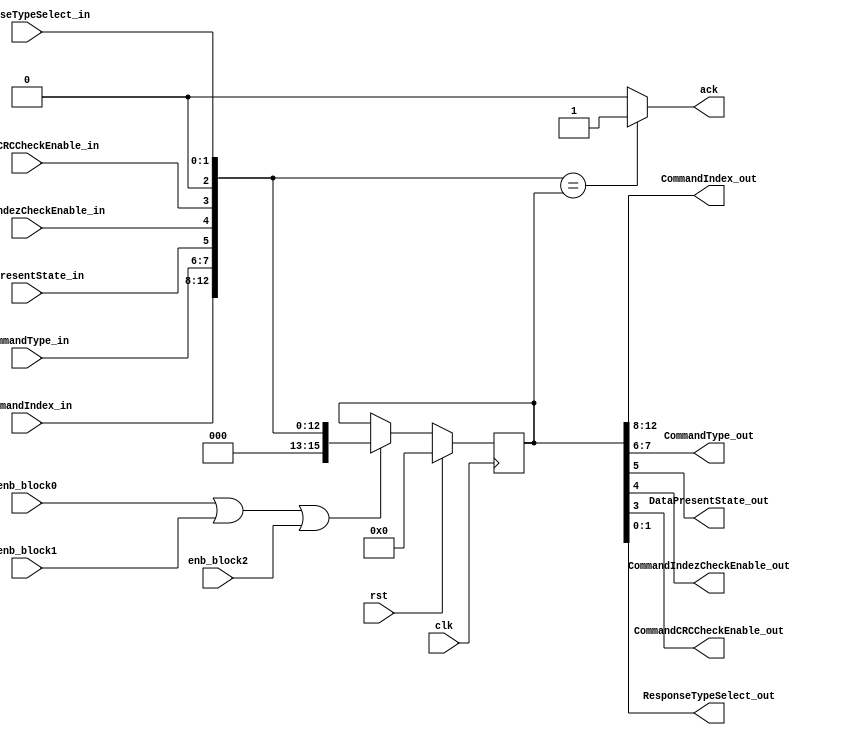

module reg_template(
	clk,
	rst,
	
	ack,
	enb_block0,
	enb_block1,
	enb_block2,

	CommandIndex_in,
	CommandType_in,
	DataPresentState_in,
	CommandIndezCheckEnable_in,
	CommandCRCCheckEnable_in,
	ResponseTypeSelect_in,

	CommandIndex_out,
	CommandType_out,
	DataPresentState_out,
	CommandIndezCheckEnable_out,
	CommandCRCCheckEnable_out,
	ResponseTypeSelect_out
	);
//Parameters before
parameter width = 16;

//INPUT & OUTPUT DECLARATION


input rst;						// reset
input clk;						// clock
input enb_block0;
input enb_block1;				// ENABLE BLOCKS
input enb_block2;
output 	ack;

input	[4:0] CommandIndex_in;
input	[1:0] CommandType_in;
input	DataPresentState_in;
input	CommandIndezCheckEnable_in;		// DATA IN
input	CommandCRCCheckEnable_in;
input	[1:0] ResponseTypeSelect_in;

output	[4:0] CommandIndex_out;
output	[1:0] CommandType_out;
output	DataPresentState_out;			// DATA OUT
output	CommandIndezCheckEnable_out;
output	CommandCRCCheckEnable_out;
output	[1:0] ResponseTypeSelect_out;

//REG SIZE
wire [(width-1):0] data_in;

//WIRES
	//Regular Blocks
	wire rst;		
	wire clk;
	wire enb_block0;
	wire enb_block1;
	wire enb_block2;
	reg ack;
	//INPUTS
	wire	[4:0] CommandIndex_in;
	wire	[1:0] CommandType_in;
	wire	DataPresentState_in;
	wire	CommandIndezCheckEnable_in;
	wire	CommandCRCCheckEnable_in;
	wire	[1:0] ResponseTypeSelect_in;

	//OUTPUTS
	wire	[4:0] CommandIndex_out;
	wire	[1:0] CommandType_out;
	wire	DataPresentState_out;
	wire	CommandIndezCheckEnable_out;
	wire	CommandCRCCheckEnable_out;
	wire	[1:0] ResponseTypeSelect_out;

//REG
	//OUTPUTS
	reg [(width-1):0] data_out;


//REG INPUT OUTPUT ASSIGNS
	//RESERVED
	assign data_in [15:14] = 2'b00 ;		
	assign data_in [2] = 2'b00 ;

	//INPUTS
	assign data_in [13:8] =	CommandIndex_in;
	assign data_in [7:6] =	CommandType_in;
	assign data_in [5] =	DataPresentState_in;
	assign data_in [4] =	CommandIndezCheckEnable_in;
	assign data_in [3] =	CommandCRCCheckEnable_in;
	assign data_in [1:0] =	ResponseTypeSelect_in;

	//OUTPUTS
	assign	CommandIndex_out	= data_out [13:8];
	assign	CommandType_out	= data_out [7:6];
	assign	DataPresentState_out	= data_out [5];
	assign	CommandIndezCheckEnable_out	= data_out [4];
	assign	CommandCRCCheckEnable_out	= data_out [3];
	assign	ResponseTypeSelect_out	= data_out [1:0];

//Bloque secuencial
always @(posedge clk) begin
	if (rst) begin
		// reset
		data_out <= 32'b0;
	end
	else if (enb_block0 || enb_block1 || enb_block2) begin
		data_out <= data_in;
	end
	else begin
		data_out <= data_out;
	end
end


//Bloque combinacional
always @(*) begin
	if (data_in == data_out) begin
		ack = 1'b1;		
	end
	else begin
		ack = 1'b0;
	end
end

endmodule


module reg_000h(
	clk,
	rst,
	
	ack,
	enb_block0,


	SDMA_System_Address_in,

	SDMA_System_Address_out,

	
	);
//Parameters before
parameter width = 32;

//INPUT & OUTPUT DECLARATION


input rst;						// reset
input clk;						// clock
input enb_block0;

output 	ack;

input	[31:0] SDMA_System_Address_in;

output	[31:0] SDMA_System_Address_out;

//REG SIZE
wire [(width-1):0] data_in;

//WIRES
	//Regular Blocks
	wire rst;		
	wire clk;
	wire enb_block0;

	reg ack;
	//INPUTS
	wire	[31:0] SDMA_System_Address_in;

	//OUTPUTS
	wire	[31:0] SDMA_System_Address_out;
//REG
	//OUTPUTS
	reg [(width-1):0] data_out;


//REG INPUT OUTPUT ASSIGNS
	//RESERVED


	//INPUTS
	assign data_in = SDMA_System_Address_in;

	//OUTPUTS
	assign	SDMA_System_Address_out	= data_out;

//Bloque secuencial
always @(posedge clk) begin
	if (rst) begin
		// reset
		data_out <= 32'b0;
	end
	else if (enb_block0 ) begin
		data_out <= data_in;
	end
	else begin
		data_out <= data_out;
	end
end


//Bloque combinacional
always @(*) begin
	if (data_in == data_out) begin
		ack = 1'b1;		
	end
	else begin
		ack = 1'b0;
	end
end

endmodule


module reg_004h(
	clk,
	rst,
	
	ack,
	enb_block0,
	enb_block1,
	enb_block2,

	HostSDMABufferBoundry_in,
	TransferBlockSize_in,

	HostSDMABufferBoundry_out,
	TransferBlockSize_out,
	
	);
//Parameters before
parameter width = 16;

//INPUT & OUTPUT DECLARATION


input rst;						// reset
input clk;						// clock
input enb_block0;
input enb_block1;				// ENABLE BLOCKS
input enb_block2;
output 	ack;

input	[11:0] TransferBlockSize_in;
input	[2:0] HostSDMABufferBoundry_in;

output	[11:0] TransferBlockSize_out;
output	[2:0] HostSDMABufferBoundry_out;

//REG SIZE
wire [(width-1):0] data_in;

//WIRES
	//Regular Blocks
	wire rst;		
	wire clk;
	wire enb_block0;
	wire enb_block1;
	wire enb_block2;
	reg ack;
	//INPUTS
	wire	[11:0] TransferBlockSize_in;
	wire	[2:0] HostSDMABufferBoundry_in;

	//OUTPUTS
	wire	[11:0] TransferBlockSize_out;
	wire	[2:0] HostSDMABufferBoundry_out;

//REG
	//OUTPUTS
	reg [(width-1):0] data_out;


//REG INPUT OUTPUT ASSIGNS
	//RESERVED
	assign data_in [15] = 1'b0 ;

	//INPUTS
	assign data_in [11:0] =	TransferBlockSize_in;
	assign data_in [14:12] = HostSDMABufferBoundry_in;
	
	//OUTPUTS
	assign	TransferBlockSize_out	= data_out [11:0];
	assign	HostSDMABufferBoundry_out	= data_out [14:12];
	
//Bloque secuencial
always @(posedge clk) begin
	if (rst) begin
		// reset
		data_out <= 16'b0;
	end
	else if (enb_block0 || enb_block1 || enb_block2) begin
		data_out <= data_in;
	end
	else begin
		data_out <= data_out;
	end
end


//Bloque combinacional
always @(*) begin
	if (data_in == data_out) begin
		ack = 1'b1;		
	end
	else begin
		ack = 1'b0;
	end
end

endmodule


module reg_006h(
	clk,
	rst,
	
	ack,
	enb_block0,
	enb_block1,
	enb_block2,

	BlockCount4CurrentTrans_in,

	BlockCount4CurrentTrans_out,

	);
//Parameters before
parameter width = 16;

//INPUT & OUTPUT DECLARATION


input rst;						// reset
input clk;						// clock
input enb_block0;
input enb_block1;				// ENABLE BLOCKS
input enb_block2;
output 	ack;

input	[15:0] BlockCount4CurrentTrans_in;

output	[15:0] BlockCount4CurrentTrans_out;

//REG SIZE
wire [(width-1):0] data_in;

//WIRES
	//Regular Blocks
	wire rst;		
	wire clk;
	wire enb_block0;
	wire enb_block1;
	wire enb_block2;
	reg ack;
	//INPUTS
	wire	[15:0] BlockCount4CurrentTrans_in;

	//OUTPUTS
	wire	[15:0] BlockCount4CurrentTrans_out;


//REG
	//OUTPUTS
	reg [(width-1):0] data_out;


//REG INPUT OUTPUT ASSIGNS
	//RESERVED

	//INPUTS
	assign data_in  =	BlockCount4CurrentTrans_in;
	
	//OUTPUTS
	assign	BlockCount4CurrentTrans_out	= data_out;
	
//Bloque secuencial
always @(posedge clk) begin
	if (rst) begin
		// reset
		data_out <= 16'b0;
	end
	else if (enb_block0 || enb_block1 || enb_block2) begin
		data_out <= data_in;
	end
	else begin
		data_out <= data_out;
	end
end


//Bloque combinacional
always @(*) begin
	if (data_in == data_out) begin
		ack = 1'b1;		
	end
	else begin
		ack = 1'b0;
	end
end

endmodule


module reg_008h(
	clk,
	rst,
	

	CommandArgument_in,

	CommandArgument_out,

	);
//Parameters before
parameter width = 32;

//INPUT & OUTPUT DECLARATION


input rst;						// reset
input clk;						// clock

input	[31:0] CommandArgument_in;

output	[31:0] CommandArgument_out;

//REG SIZE
wire [(width-1):0] data_in;

//WIRES
	//Regular Blocks
	wire rst;		
	wire clk;

	//INPUTS
	wire	[31:0] CommandArgument_in;

	//OUTPUTS
	wire	[31:0] CommandArgument_out;


//REG
	//OUTPUTS
	reg [(width-1):0] data_out;


//REG INPUT OUTPUT ASSIGNS
	//RESERVED

	//INPUTS
	assign data_in  =	CommandArgument_in;
	
	//OUTPUTS
	assign	CommandArgument_out	= data_out;
	
//Bloque secuencial
always @(posedge clk) begin
	if (rst) begin
		// reset
		data_out <= 32'b0;
	end
	else begin
		data_out <= data_in;
	end

end




endmodule

module reg_00ch(
	clk,
	rst,
	
	ack,
	enb_block0,
	enb_block1,
	enb_block2,


	MultiSingleBselect_in,
	DataTransferDirectionSelect_in,
	AutoCMD12enable_in,
	BlockCountenable_in,
	DMAenable_in,

	MultiSingleBselect_out,
	DataTransferDirectionSelect_out,
	AutoCMD12enable_out,
	BlockCountenable_out,
	DMAenable_out,

	);
//Parameters before
parameter width = 16;

//INPUT & OUTPUT DECLARATION


input rst;						// reset
input clk;						// clock
input enb_block0;
input enb_block1;				// ENABLE BLOCKS
input enb_block2;
output 	ack;

input MultiSingleBselect_in;
input DataTransferDirectionSelect_in;
input AutoCMD12enable_in;
input BlockCountenable_in;
input DMAenable_in;

output MultiSingleBselect_out;
output DataTransferDirectionSelect_out;
output AutoCMD12enable_out;
output BlockCountenable_out;
output DMAenable_out;


//REG SIZE
wire [(width-1):0] data_in;

//WIRES
	//Regular Blocks
	wire rst;		
	wire clk;
	wire enb_block0;
	wire enb_block1;
	wire enb_block2;
	reg ack;
	//INPUTS
	wire MultiSingleBselect_in;
	wire DataTransferDirectionSelect_in;
	wire AutoCMD12enable_in;
	wire BlockCountenable_in;
	wire DMAenable_in;
	

	//OUTPUTS
	wire MultiSingleBselect_out;
	wire DataTransferDirectionSelect_out;
	wire AutoCMD12enable_out;
	wire BlockCountenable_out;
	wire DMAenable_out;

//REG
	//OUTPUTS
	reg [(width-1):0] data_out;


//REG INPUT OUTPUT ASSIGNS
	//RESERVED
	assign data_in [15:6] = 0 ;		
	assign data_in [3] = 0 ;

	//INPUTS
	assign data_in [0] =	DMAenable_in;
	assign data_in [1] =	BlockCountenable_in;
	assign data_in [2] =	AutoCMD12enable_in;
	assign data_in [4] =	DataTransferDirectionSelect_in;
	assign data_in [5] =	MultiSingleBselect_in;
	

	//OUTPUTS
	assign	DMAenable_out	= data_out [0];
	assign	BlockCountenable_out	= data_out [1];
	assign	AutoCMD12enable_out	= data_out [2];
	assign	DataTransferDirectionSelect_out	= data_out [4];
	assign	MultiSingleBselect_out	= data_out [5];
	

//Bloque secuencial
always @(posedge clk) begin
	if (rst) begin
		// reset
		data_out <= 32'b0;
	end
	else if (enb_block0 || enb_block1 || enb_block2) begin
		data_out <= data_in;
	end
	else begin
		data_out <= data_out;
	end
end


//Bloque combinacional
always @(*) begin
	if (data_in == data_out) begin
		ack = 1'b1;		
	end
	else begin
		ack = 1'b0;
	end
end

endmodule


module reg_00eh(
	clk,
	rst,
	


	CommandIndex_in,
	CommandType_in,
	DataPresentState_in,
	CommandIndezCheckEnable_in,
	CommandCRCCheckEnable_in,
	ResponseTypeSelect_in,

	CommandIndex_out,
	CommandType_out,
	DataPresentState_out,
	CommandIndezCheckEnable_out,
	CommandCRCCheckEnable_out,
	ResponseTypeSelect_out,
	
	);
//Parameters before
parameter width = 16;

//INPUT & OUTPUT DECLARATION


input rst;						// reset
input clk;						// clock


input	[5:0] CommandIndex_in;
input	[1:0] CommandType_in;
input	DataPresentState_in;
input	CommandIndezCheckEnable_in;		// DATA IN
input	CommandCRCCheckEnable_in;
input	[1:0] ResponseTypeSelect_in;

output	[5:0] CommandIndex_out;
output	[1:0] CommandType_out;
output	DataPresentState_out;			// DATA OUT
output	CommandIndezCheckEnable_out;
output	CommandCRCCheckEnable_out;
output	[1:0] ResponseTypeSelect_out;

//REG SIZE
wire [(width-1):0] data_in;

//WIRES
	//Regular Blocks
	wire rst;		
	wire clk;

	//INPUTS
	wire	[5:0] CommandIndex_in;
	wire	[1:0] CommandType_in;
	wire	DataPresentState_in;
	wire	CommandIndezCheckEnable_in;
	wire	CommandCRCCheckEnable_in;
	wire	[1:0] ResponseTypeSelect_in;

	//OUTPUTS
	wire	[5:0] CommandIndex_out;
	wire	[1:0] CommandType_out;
	wire	DataPresentState_out;
	wire	CommandIndezCheckEnable_out;
	wire	CommandCRCCheckEnable_out;
	wire	[1:0] ResponseTypeSelect_out;

//REG
	//OUTPUTS
	reg [(width-1):0] data_out;


//REG INPUT OUTPUT ASSIGNS
	//RESERVED
	assign data_in [15:14] = 0 ;		
	assign data_in [2] = 0 ;

	//INPUTS
	assign data_in [13:8] =	CommandIndex_in;
	assign data_in [7:6] =	CommandType_in;
	assign data_in [5] =	DataPresentState_in;
	assign data_in [4] =	CommandIndezCheckEnable_in;
	assign data_in [3] =	CommandCRCCheckEnable_in;
	assign data_in [1:0] =	ResponseTypeSelect_in;

	//OUTPUTS
	assign	CommandIndex_out	= data_out [13:8];
	assign	CommandType_out	= data_out [7:6];
	assign	DataPresentState_out	= data_out [5];
	assign	CommandIndezCheckEnable_out	= data_out [4];
	assign	CommandCRCCheckEnable_out	= data_out [3];
	assign	ResponseTypeSelect_out	= data_out [1:0];

//Bloque secuencial
always @(posedge clk) begin
	if (rst) begin
		// reset
		data_out <= 16'b0;
	end
	else begin
		data_out <= data_in;
	end

end


//Bloque combinacional


endmodule

module reg_010h(
	clk,
	rst,
	
	ack,
	enb_block0,

	Response_in,

	Response_out,

	);
//Parameters before
parameter width = 128;

//INPUT & OUTPUT DECLARATION


input rst;						// reset
input clk;						// clock
input enb_block0;

output 	ack;

input	[127:0] Response_in;

output	[127:0] Response_out;

//REG SIZE
wire [(width-1):0] data_in;

//WIRES
	//Regular Blocks
	wire rst;		
	wire clk;
	wire enb_block0;

	reg ack;
	//INPUTS
	wire	[127:0] Response_in;

	//OUTPUTS
	wire	[127:0] Response_out;


//REG
	//OUTPUTS
	reg [(width-1):0] data_out;


//REG INPUT OUTPUT ASSIGNS
	//RESERVED


	//INPUTS
	assign data_in = Response_in;
	
	//OUTPUTS
	assign	Response_out = data_out [127:0];
	
//Bloque secuencial
always @(posedge clk) begin
	if (rst) begin
		// reset
		data_out <= 128'b0;
	end
	else if (enb_block0) begin
		data_out <= data_in;
	end
	else begin
		data_out <= data_out;
	end
end


//Bloque combinacional
always @(*) begin
	if (data_in == data_out) begin
		ack = 1'b1;		
	end
	else begin
		ack = 1'b0;
	end
end

endmodule


module reg_020h(
	clk,
	rst,
	
	ack,
	enb_block0,
	enb_block1,
	enb_block2,

	BufferData_in,

	BufferData_out,
	);
//Parameters before
parameter width = 32;

//INPUT & OUTPUT DECLARATION


input rst;						// reset
input clk;						// clock
input enb_block0;
input enb_block1;				// ENABLE BLOCKS
input enb_block2;
output 	ack;

input   [31:0] BufferData_in;

output	[31:0] BufferData_out;

//REG SIZE
wire [(width-1):0] data_in;

//WIRES
	//Regular Blocks
	wire rst;		
	wire clk;
	wire enb_block0;
	wire enb_block1;
	wire enb_block2;
	reg ack;
	//INPUTS
	wire	[31:0] BufferData_in;
	
	//OUTPUTS
	wire	[31:0] BufferData_out;
	
//REG
	//OUTPUTS
	reg [(width-1):0] data_out;


//REG INPUT OUTPUT ASSIGNS
	//RESERVED

	//INPUTS
	assign data_in = BufferData_in;


	//OUTPUTS
	assign	BufferData_out	= data_out ;

//Bloque secuencial
always @(posedge clk) begin
	if (rst) begin
		// reset
		data_out <= 32'b0;
	end
	else if (enb_block0 || enb_block1 || enb_block2) begin
		data_out <= data_in;
	end
	else begin
		data_out <= data_out;
	end
end


//Bloque combinacional
always @(*) begin
	if (data_in == data_out) begin
		ack = 1'b1;		
	end
	else begin
		ack = 1'b0;
	end
end

endmodule


//Present state
module reg_024h(
	clk,
	rst,
	

	CMDLineSignalLevel_in,
	DAT3LineSignalLevel_in,
	WriteProtectSwitchPinLevel,
	CardDetectPinLevel_in,
	CardStateStable_in,
	CardInserted_in,
	BufferReadEnable_in,
	BufferWriteEnable_in,
	ReadTransferActive_in,
	WriteTransferActive_in,
	DATlineActive_in,
	CommandInhibitdat_in,
	CommandInhibitcmd_in,
	
	CMDLineSignalLevel_out,
	DAT3LineSignalLevel_out,
	WriteProtectSwitchPinLevout,
	CardDetectPinLevel_out,
	CardStateStable_out,
	CardInserted_out,
	BufferReadEnable_out,
	BufferWriteEnable_out,
	ReadTransferActive_out,
	WriteTransferActive_out,
	DATlineActive_out,
	CommandInhibitdat_out,
	CommandInhibitcmd_out,
	
	);
//Parameters before
parameter width = 32;

//INPUT & OUTPUT DECLARATION


input rst;						// reset
input clk;						// clock

input CMDLineSignalLevel_in;
input [3:0] DAT3LineSignalLevel_in;
input WriteProtectSwitchPinLevel;
input CardDetectPinLevel_in;
input CardStateStable_in;
input CardInserted_in;
input BufferReadEnable_in;
input BufferWriteEnable_in;
input ReadTransferActive_in;
input WriteTransferActive_in;
input DATlineActive_in;
input CommandInhibitdat_in;
input CommandInhibitcmd_in;
	
output CMDLineSignalLevel_out;
output [3:0] DAT3LineSignalLevel_out;
output WriteProtectSwitchPinLevout;
output CardDetectPinLevel_out;
output CardStateStable_out;
output CardInserted_out;
output BufferReadEnable_out;
output BufferWriteEnable_out;
output ReadTransferActive_out;
output WriteTransferActive_out;
output DATlineActive_out;
output CommandInhibitdat_out;
output CommandInhibitcmd_out;

//REG SIZE
wire [(width-1):0] data_in;

//WIRES
	//Regular Blocks
	wire rst;		
	wire clk;

	//INPUTS
	wire CMDLineSignalLevel_in;
	wire [3:0] DAT3LineSignalLevel_in;
	wire WriteProtectSwitchPinLevel;
	wire CardDetectPinLevel_in;
	wire CardStateStable_in;
	wire CardInserted_in;
	wire BufferReadEnable_in;
	wire BufferWriteEnable_in;
	wire ReadTransferActive_in;
	wire WriteTransferActive_in;
	wire DATlineActive_in;
	wire CommandInhibitdat_in;
	wire CommandInhibitcmd_in;

	//OUTPUTS
	wire CMDLineSignalLevel_out;
	wire [3:0] DAT3LineSignalLevel_out;
	wire WriteProtectSwitchPinLevout;
	wire CardDetectPinLevel_out;
	wire CardStateStable_out;
	wire CardInserted_out;
	wire BufferReadEnable_out;
	wire BufferWriteEnable_out;
	wire ReadTransferActive_out;
	wire WriteTransferActive_out;
	wire DATlineActive_out;
	wire CommandInhibitdat_out;
	wire CommandInhibitcmd_out;

//REG
	//OUTPUTS
	reg [(width-1):0] data_out;


//REG INPUT OUTPUT ASSIGNS
	//RESERVED
	assign data_in [31:25] = 7'b00 ;		
	assign data_in [15:12] = 4'b00 ;
	assign data_in [7:3] = 5'b00 ;

	//INPUTS

	assign data_in [24] = CMDLineSignalLevel_in;
	assign data_in [23:20] = DAT3LineSignalLevel_in;
	assign data_in [19] = WriteProtectSwitchPinLevel;
	assign data_in [18] = CardDetectPinLevel_in;
	assign data_in [17] = CardStateStable_in;
	assign data_in [16] = CardInserted_in;
	assign data_in [11] = BufferReadEnable_in;
	assign data_in [10] = BufferWriteEnable_in;
	assign data_in [9] = ReadTransferActive_in;
	assign data_in [8] = WriteTransferActive_in;
	assign data_in [2] = DATlineActive_in;
	assign data_in [1] = CommandInhibitdat_in;
	assign data_in [0] = CommandInhibitcmd_in;

	//OUTPUTS
	assign  CMDLineSignalLevel_out = data_out [24];
	assign  DAT3LineSignalLevel_out = data_out [23:20];
	assign  WriteProtectSwitchPinLevout = data_out [19];
	assign  CardDetectPinLevel_out = data_out [18];
	assign  CardStateStable_out = data_out [17];
	assign  CardInserted_out = data_out [16];
	assign  BufferReadEnable_out = data_out [11];
	assign  BufferWriteEnable_out = data_out [10];
	assign  ReadTransferActive_out = data_out [9] ;
	assign  WriteTransferActive_out = data_out [8] ;
	assign  DATlineActive_out = data_out [2] ;
	assign  CommandInhibitdat_out = data_out [1] ;
	assign  CommandInhibitcmd_out = data_out [0] ;

//Bloque secuencial
always @(posedge clk) begin
	if (rst) begin
		// reset
		data_out <= 32'b0;
	end
	else if (1) begin
		data_out <= data_in;
	end
	else begin
		data_out <= data_out;
	end
end


//Bloque combinacional


endmodule





module reg_028h(
	clk,
	rst,
	
	ack,
	enb_block0,
	enb_block1,
	enb_block2,

	CardDetectSignalSelection_in,
	CardDetectTestLevel_in,
	ExtendDataTransferWidth_in,
	DMAselect_in,
	HighSpeedEnable_in,
	DataTransferWidth_in,
	LEDcontrol_in,
	
	CardDetectSignalSelection_out,
	CardDetectTestLevel_out,
	ExtendDataTransferWidth_out,
	DMAselect_out,
	HighSpeedEnable_out,
	DataTransferWidth_out,
	LEDcontrol_out
	);
//Parameters before
parameter width = 8;

//INPUT & OUTPUT DECLARATION


input rst;						// reset
input clk;						// clock
input enb_block0;
input enb_block1;				// ENABLE BLOCKS
input enb_block2;
output 	ack;

input 	CardDetectSignalSelection_in;
input 	CardDetectTestLevel_in;
input 	ExtendDataTransferWidth_in;
input 	[1:0] DMAselect_in;
input 	HighSpeedEnable_in;
input 	DataTransferWidth_in;
input 	LEDcontrol_in;


output 	CardDetectSignalSelection_out;
output 	CardDetectTestLevel_out;
output 	ExtendDataTransferWidth_out;
output 	[1:0] DMAselect_out;
output 	HighSpeedEnable_out;
output 	DataTransferWidth_out;
output 	LEDcontrol_out;

//REG SIZE
wire [(width-1):0] data_in;

//WIRES
	//Regular Blocks
	wire rst;		
	wire clk;
	wire enb_block0;
	wire enb_block1;
	wire enb_block2;
	reg ack;

	//INPUTS
	wire 	CardDetectSignalSelection_in;
	wire 	CardDetectTestLevel_in;
	wire 	ExtendDataTransferWidth_in;
	wire 	[1:0] DMAselect_in;
	wire 	HighSpeedEnable_in;
	wire 	DataTransferWidth_in;
	wire 	LEDcontrol_in;

	//OUTPUTS
	wire 	CardDetectSignalSelection_out;
	wire 	CardDetectTestLevel_out;
	wire 	ExtendDataTransferWidth_out;
	wire 	[1:0] DMAselect_out;
	wire 	HighSpeedEnable_out;
	wire 	DataTransferWidth_out;
	wire 	LEDcontrol_out;

//REG
	//OUTPUTS
	reg [(width-1):0] data_out;


//REG INPUT OUTPUT ASSIGNS
	//RESERVED


	//INPUTS
	assign data_in [7] = 	CardDetectSignalSelection_in;
	assign data_in [6] = 	CardDetectTestLevel_in;
	assign data_in [5] = 	ExtendDataTransferWidth_in;
	assign data_in [4:3] = 	DMAselect_in;
	assign data_in [2] = 	HighSpeedEnable_in;
	assign data_in [1] = 	DataTransferWidth_in;
	assign data_in [0] = 	LEDcontrol_in;

	//OUTPUTS
 	assign 	CardDetectSignalSelection_out = data_out[7];
	assign 	CardDetectTestLevel_out = data_out[6];
	assign 	ExtendDataTransferWidth_out = data_out[5];
	assign 	DMAselect_out = data_out[4:3];
	assign 	HighSpeedEnable_out = data_out[2];
	assign 	DataTransferWidth_out = data_out[1];
	assign 	LEDcontrol_out = data_out[0];


//Bloque secuencial
always @(posedge clk) begin
	if (rst) begin
		// reset
		data_out <= 32'b0;
	end
	else if (enb_block0 || enb_block1 || enb_block2) begin
		data_out <= data_in;
	end
	else begin
		data_out <= data_out;
	end
end


//Bloque combinacional
always @(*) begin
	if (data_in == data_out) begin
		ack = 1'b1;		
	end
	else begin
		ack = 1'b0;
	end
end

endmodule

module reg_029h(
	clk,
	rst,
	
	ack,
	enb_block0,
	enb_block1,
	enb_block2,

	SDbusVoltageSelect_in,
	SDbusPower_in,
	SDbusVoltageSelect_out,
	SDbusPower_out
	
	);
//Parameters before
parameter width = 8;

//INPUT & OUTPUT DECLARATION


input rst;						// reset
input clk;						// clock
input enb_block0;
input enb_block1;				// ENABLE BLOCKS
input enb_block2;
output 	ack;

input 	SDbusPower_in;
input	[2:0] SDbusVoltageSelect_in;

output 	SDbusPower_out;
output	[2:0] SDbusVoltageSelect_out;


//REG SIZE
wire [(width-1):0] data_in;

//WIRES
	//Regular Blocks
	wire rst;		
	wire clk;
	wire enb_block0;
	wire enb_block1;
	wire enb_block2;
	reg ack;
	//INPUTS
	wire 	SDbusPower_in;
	wire	[2:0] SDbusVoltageSelect_in;

	//OUTPUTS
	wire 	SDbusPower_out;
	wire	[2:0] SDbusVoltageSelect_out;

//REG
	//OUTPUTS
	reg [(width-1):0] data_out;


//REG INPUT OUTPUT ASSIGNS
	//RESERVED
	assign data_in [7:4] = 0 ;		
	

	//INPUTS
	assign data_in [3:1] =	SDbusVoltageSelect_in;
	assign data_in [0] =	SDbusPower_in;

	//OUTPUTS
	assign	SDbusVoltageSelect_out	= data_out [3:1];
	assign	SDbusPower_out	= data_out [0];

//Bloque secuencial
always @(posedge clk) begin
	if (rst) begin
		// reset
		data_out <= 32'b0;
	end
	else if (enb_block0 || enb_block1 || enb_block2) begin
		data_out <= data_in;
	end
	else begin
		data_out <= data_out;
	end
end


//Bloque combinacional
always @(*) begin
	if (data_in == data_out) begin
		ack = 1'b1;		
	end
	else begin
		ack = 1'b0;
	end
end

endmodule



module reg_02ah(
	clk,
	rst,
	
	ack,
	enb_block0,
	enb_block1,
	enb_block2,

	Interruptatblockgap_in,
	ReadWaitControl_in,
	ContinueRequest_in,
	StopatBlockGapRequest_in,

	Interruptatblockgap_out,
	ReadWaitControl_out,
	ContinueRequest_out,
	StopatBlockGapRequest_out,


	);
//Parameters before
parameter width = 8;

//INPUT & OUTPUT DECLARATION


input rst;						// reset
input clk;						// clock
input enb_block0;
input enb_block1;				// ENABLE BLOCKS
input enb_block2;
output 	ack;

input	Interruptatblockgap_in;
input	ReadWaitControl_in;
input	ContinueRequest_in;
input	StopatBlockGapRequest_in;

output	Interruptatblockgap_out;
output	ReadWaitControl_out;
output	ContinueRequest_out;			// DATA OUT
output	StopatBlockGapRequest_out;

//REG SIZE
wire [(width-1):0] data_in;

//WIRES
	//Regular Blocks
	wire rst;		
	wire clk;
	wire enb_block0;
	wire enb_block1;
	wire enb_block2;
	reg ack;
	//INPUTS
	wire	Interruptatblockgap_in;
	wire	ReadWaitControl_in;
	wire	ContinueRequest_in;
	wire	StopatBlockGapRequest_in;

	//OUTPUTS
	wire	Interruptatblockgap_out;
	wire	ReadWaitControl_out;
	wire	ContinueRequest_out;			// DATA OUT
	wire	StopatBlockGapRequest_out;


//REG
	//OUTPUTS
	reg [(width-1):0] data_out;


//REG INPUT OUTPUT ASSIGNS
	//RESERVED
	assign data_in [7:4] = 0 ;		

	//INPUTS
	assign data_in [3] =	Interruptatblockgap_in;
	assign data_in [2] =	ReadWaitControl_in;
	assign data_in [1] =	ContinueRequest_in;
	assign data_in [0] =	StopatBlockGapRequest_in;


	//OUTPUTS
	assign	Interruptatblockgap_out = data_out [3];
	assign	ReadWaitControl_out = data_out [2];
	assign	ContinueRequest_out= data_out [1];
	assign	StopatBlockGapRequest_out = data_out [0];
	
//Bloque secuencial
always @(posedge clk) begin
	if (rst) begin
		// reset
		data_out <= 32'b0;
	end
	else if (enb_block0 || enb_block1 || enb_block2) begin
		data_out <= data_in;
	end
	else begin
		data_out <= data_out;
	end
end


//Bloque combinacional
always @(*) begin
	if (data_in == data_out) begin
		ack = 1'b1;		
	end
	else begin
		ack = 1'b0;
	end
end

endmodule




module reg_02Bh(
	clk,
	rst,
	
	ack,
	enb_block0,
	enb_block1,
	enb_block2,

	WakeupEnbonCrdremoval_in,
	WakeupEnbonCrdinsertion_in,
	WakeupEnbonCrdinterrupt_in,

	WakeupEnbonCrdremoval_out,
	WakeupEnbonCrdinsertion_out,
	WakeupEnbonCrdinterrupt_out
	);
//Parameters before
parameter width = 8;

//INPUT & OUTPUT DECLARATION


input rst;						// reset
input clk;						// clock
input enb_block0;
input enb_block1;				// ENABLE BLOCKS
input enb_block2;
output 	ack;

input	WakeupEnbonCrdinterrupt_in;
input	WakeupEnbonCrdinsertion_in;
input	WakeupEnbonCrdremoval_in;

output	WakeupEnbonCrdinterrupt_out;
output	WakeupEnbonCrdinsertion_out;
output	WakeupEnbonCrdremoval_out;			// DATA OUT


//REG SIZE
wire [(width-1):0] data_in;

//WIRES
	//Regular Blocks
	wire rst;		
	wire clk;
	wire enb_block0;
	wire enb_block1;
	wire enb_block2;
	reg ack;
	//INPUTS
	wire	WakeupEnbonCrdinterrupt_in;
	wire	WakeupEnbonCrdinsertion_in;
	wire	WakeupEnbonCrdremoval_in;

	//OUTPUTS
	wire	WakeupEnbonCrdinterrupt_out;
	wire	WakeupEnbonCrdinsertion_out;
	wire	WakeupEnbonCrdremoval_out;		

//REG
	//OUTPUTS
	reg [(width-1):0] data_out;


//REG INPUT OUTPUT ASSIGNS
	//RESERVED
	assign data_in [7:3] = 0 ;		

	//INPUTS
	assign data_in [2] =	WakeupEnbonCrdremoval_in;
	assign data_in [1] =	WakeupEnbonCrdinsertion_in;
	assign data_in [0] =	WakeupEnbonCrdinterrupt_in;


	//OUTPUTS
	assign	WakeupEnbonCrdremoval_out	= data_out [2];
	assign	WakeupEnbonCrdinsertion_out	= data_out [1];
	assign	WakeupEnbonCrdinterrupt_out	= data_out [0];

//Bloque secuencial
always @(posedge clk) begin
	if (rst) begin
		// reset
		data_out <= 32'b0;
	end
	else if (enb_block0 || enb_block1 || enb_block2) begin
		data_out <= data_in;
	end
	else begin
		data_out <= data_out;
	end
end


//Bloque combinacional
always @(*) begin
	if (data_in == data_out) begin
		ack = 1'b1;		
	end
	else begin
		ack = 1'b0;
	end
end

endmodule



module reg_02Ch(
	clk,
	rst,
	
	ack,
	enb_block0,
	enb_block1,
	enb_block2,

	SDCLKfrqselect_in,
	SDCLKenable_in,
	InternalClockStable_in,
	InternalClockEnable_in,

	SDCLKfrqselect_out,
	SDCLKenable_out,
	InternalClockStable_out,
	InternalClockEnable_out,

	
	);
//Parameters before
parameter width = 16;

//INPUT & OUTPUT DECLARATION


input rst;						// reset
input clk;						// clock
input enb_block0;
input enb_block1;				// ENABLE BLOCKS
input enb_block2;
output 	ack;

input [6:0] SDCLKfrqselect_in;
input SDCLKenable_in;
input InternalClockStable_in;
input InternalClockEnable_in;

output [6:0] SDCLKfrqselect_out;
output SDCLKenable_out;
output InternalClockStable_out;
output InternalClockEnable_out;


//REG SIZE
wire [(width-1):0] data_in;

//WIRES
	//Regular Blocks
	wire rst;		
	wire clk;
	wire enb_block0;
	wire enb_block1;
	wire enb_block2;
	reg ack;
	//INPUTS
	wire [6:0] SDCLKfrqselect_in;
	wire SDCLKenable_in;
	wire InternalClockStable_in;
	wire InternalClockEnable_in;

	//OUTPUTS
	wire [6:0] SDCLKfrqselect_out;
	wire SDCLKenable_out;
	wire InternalClockStable_out;
	wire InternalClockEnable_out;

//REG
	//OUTPUTS
	reg [(width-1):0] data_out;


//REG INPUT OUTPUT ASSIGNS
	//RESERVED
	assign data_in [7:3] = 0 ;		


	//INPUTS
	assign data_in [15:8] =	SDCLKfrqselect_in;
	assign data_in [2] =	SDCLKenable_in;
	assign data_in [1] =	InternalClockStable_in;
	assign data_in [0] =	InternalClockEnable_in;

	//OUTPUTS
	assign	SDCLKfrqselect_out	= data_out [15:8];
	assign	SDCLKenable_out	= data_out [2];
	assign	InternalClockStable_out	= data_out [1];
	assign	InternalClockEnable_out	= data_out [0];

//Bloque secuencial
always @(posedge clk) begin
	if (rst) begin
		// reset
		data_out <= 32'b0;
	end
	else if (enb_block0 || enb_block1 || enb_block2) begin
		data_out <= data_in;
	end
	else begin
		data_out <= data_out;
	end
end


//Bloque combinacional
always @(*) begin
	if (data_in == data_out) begin
		ack = 1'b1;		
	end
	else begin
		ack = 1'b0;
	end
end

endmodule

module reg_02Eh(
	clk,
	rst,
	
	ack,
	enb_block0,
	enb_block1,
	enb_block2,


	DataTimeoutCounterValue_in,
	DataTimeoutCounterValue_out
	
	);
//Parameters before
parameter width = 8;

//INPUT & OUTPUT DECLARATION


input rst;						// reset
input clk;						// clock
input enb_block0;
input enb_block1;				// ENABLE BLOCKS
input enb_block2;
output 	ack;

input	[3:0] DataTimeoutCounterValue_in;

output	[3:0] DataTimeoutCounterValue_out;

//REG SIZE
wire [(width-1):0] data_in;

//WIRES
	//Regular Blocks
	wire rst;		
	wire clk;
	wire enb_block0;
	wire enb_block1;
	wire enb_block2;
	reg ack;
	//INPUTS
	wire	[3:0] DataTimeoutCounterValue_in;

	//OUTPUTS
	wire	[3:0] DataTimeoutCounterValue_out;

//REG
	//OUTPUTS
	reg [(width-1):0] data_out;


//REG INPUT OUTPUT ASSIGNS
	//RESERVED
	assign data_in [7:4] = 0 ;

	//INPUTS
	assign data_in [3:0] =	DataTimeoutCounterValue_in;

	//OUTPUTS
	assign	DataTimeoutCounterValue_out	= data_out [3:0];

//Bloque secuencial
always @(posedge clk) begin
	if (rst) begin
		// reset
		data_out <= 32'b0;
	end
	else if (enb_block0 || enb_block1 || enb_block2) begin
		data_out <= data_in;
	end
	else begin
		data_out <= data_out;
	end
end


//Bloque combinacional
always @(*) begin
	if (data_in == data_out) begin
		ack = 1'b1;		
	end
	else begin
		ack = 1'b0;
	end
end

endmodule

module reg_02Fh(
	clk,
	rst,
	
	ack,
	enb_block0,
	enb_block1,
	enb_block2,


	SoftwareResetDATline_in,
	SoftwareResetCMDline_in,
	SoftwareResetALLline_in,

	SoftwareResetDATline_out,
	SoftwareResetCMDline_out,
	SoftwareResetALLline_out
	
	);
//Parameters before
parameter width = 8;

//INPUT & OUTPUT DECLARATION


input rst;						// reset
input clk;						// clock
input enb_block0;
input enb_block1;				// ENABLE BLOCKS
input enb_block2;
output 	ack;

input SoftwareResetDATline_in;
input SoftwareResetCMDline_in;
input SoftwareResetALLline_in;

output SoftwareResetDATline_out;
output SoftwareResetCMDline_out;
output SoftwareResetALLline_out;

//REG SIZE
wire [(width-1):0] data_in;

//WIRES
	//Regular Blocks
	wire rst;		
	wire clk;
	wire enb_block0;
	wire enb_block1;
	wire enb_block2;
	reg ack;
	//INPUTS
	wire SoftwareResetDATline_in;
	wire SoftwareResetCMDline_in;
	wire SoftwareResetALLline_in;

	//OUTPUTS
	wire SoftwareResetDATline_out;
	wire SoftwareResetCMDline_out;
	wire SoftwareResetALLline_out;

//REG
	//OUTPUTS
	reg [(width-1):0] data_out;


//REG INPUT OUTPUT ASSIGNS
	//RESERVED
	assign data_in [7:3] = 0 ;

	//INPUTS
	assign data_in [2] =	SoftwareResetDATline_in;
	assign data_in [1] =	SoftwareResetCMDline_in;
	assign data_in [0] =	SoftwareResetALLline_in;

	//OUTPUTS
	assign	SoftwareResetDATline_out	= data_out [2];
	assign	SoftwareResetCMDline_out	= data_out [1];
	assign	SoftwareResetALLline_out	= data_out [0];

//Bloque secuencial
always @(posedge clk) begin
	if (rst) begin
		// reset
		data_out <= 32'b0;
	end
	else if (enb_block0 || enb_block1 || enb_block2) begin
		data_out <= data_in;
	end
	else begin
		data_out <= data_out;
	end
end


//Bloque combinacional
always @(*) begin
	if (data_in == data_out) begin
		ack = 1'b1;		
	end
	else begin
		ack = 1'b0;
	end
end

endmodule

module reg_030h(
	clk,
	rst,
	
	ack,
	enb_block0,


	ErrInterrupt_in,
	CardInterrupt_in,
	CardRemoval_in,
	CardInsertion_in,
	BuffReadReady_in,
	BuffWriteReady_in,
	DMAInterrupt_in,
	BlockGapEvent_in,
	TransferComplete_in,
	CommandComplete_in,

	ErrInterrupt_out,
	CardInterrupt_out,
	CardRemoval_out,
	CardInsertion_out,
	BuffReadReady_out,
	BuffWriteReady_out,
	DMAInterrupt_out,
	BlockGapEvent_out,
	TransferComplete_out,
	CommandComplete_out
	
	);
//Parameters before
parameter width = 16;

//INPUT & OUTPUT DECLARATION


input rst;						// reset
input clk;						// clock
input enb_block0;

output 	ack;

input ErrInterrupt_in;
input CardInterrupt_in;
input CardRemoval_in;
input CardInsertion_in;
input BuffReadReady_in;
input BuffWriteReady_in;
input DMAInterrupt_in;
input BlockGapEvent_in;
input TransferComplete_in;
input CommandComplete_in;

output ErrInterrupt_out;
output CardInterrupt_out;
output CardRemoval_out;
output CardInsertion_out;
output BuffReadReady_out;
output BuffWriteReady_out;
output DMAInterrupt_out;
output BlockGapEvent_out;
output TransferComplete_out;
output CommandComplete_out;


//REG SIZE
wire [(width-1):0] data_in;

//WIRES
	//Regular Blocks
	wire rst;		
	wire clk;
	wire enb_block0;

	reg ack;
	//INPUTS
	wire ErrInterrupt_in;
	wire CardInterrupt_in;
	wire CardRemoval_in;
	wire CardInsertion_in;
	wire BuffReadReady_in;
	wire BuffWriteReady_in;
	wire DMAInterrupt_in;
	wire BlockGapEvent_in;
	wire TransferComplete_in;
	wire CommandComplete_in;

	//OUTPUTS
	wire ErrInterrupt_out;
	wire CardInterrupt_out;
	wire CardRemoval_out;
	wire CardInsertion_out;
	wire BuffReadReady_out;
	wire BuffWriteReady_out;
	wire DMAInterrupt_out;
	wire BlockGapEvent_out;
	wire TransferComplete_out;
	wire CommandComplete_out;

//REG
	//OUTPUTS
	reg [(width-1):0] data_out;


//REG INPUT OUTPUT ASSIGNS
	//RESERVED
	assign data_in [14:9] = 0 ;

	//INPUTS
	assign data_in [15] = ErrInterrupt_in;
	assign data_in [8] = CardInterrupt_in;
	assign data_in [7] = CardRemoval_in;
	assign data_in [6] = CardInsertion_in;
	assign data_in [5] = BuffReadReady_in;
	assign data_in [4] = BuffWriteReady_in;
	assign data_in [3] = DMAInterrupt_in;
	assign data_in [2] = BlockGapEvent_in;
	assign data_in [1] = TransferComplete_in;
	assign data_in [0] = CommandComplete_in;


	//OUTPUTS
	assign ErrInterrupt_out = data_out [15];
	assign CardInterrupt_out = data_out [8];
	assign CardRemoval_out = data_out [7];
	assign CardInsertion_out = data_out [6];
	assign BuffReadReady_out = data_out [5];
	assign BuffWriteReady_out = data_out [4];
	assign DMAInterrupt_out = data_out [3];
	assign BlockGapEvent_out = data_out [2];
	assign TransferComplete_out = data_out [1];
	assign CommandComplete_out = data_out [0];

//Bloque secuencial
always @(posedge clk) begin
	if (rst) begin
		// reset
		data_out <= 32'b0;
	end
	else if (1) begin
		data_out <= data_in;
	end
	else begin
		data_out <= data_out;
	end
end


//Bloque combinacional
always @(*) begin
	if (data_in == data_out) begin
		ack = 1'b1;		
	end
	else begin
		ack = 1'b0;
	end
end

endmodule


module reg_032h(
	clk,
	rst,

	VendorErr_in, 
	ADMAErr_in, 
	AutoCMD12Err_in, 
	CurrentLimitErr_in, 
	DataEndBitErr_in, 
	DataCRCErr_in, 
	DataTimeoutErr_in, 
	CommandIndexErr_in, 
	CommandEndBitErr_in, 
	CommandCRCErr_in, 
	CommandTimeoutErr_in, 

	VendorErr_out,
	ADMAErr_out,
	AutoCMD12Err_out,
	CurrentLimitErr_out,
	DataEndBitErr_out,
	DataCRCErr_out,
	DataTimeoutErr_out,
	CommandIndexErr_out,
	CommandEndBitErr_out,
	CommandCRCErr_out,
	CommandTimeoutErr_out
	
	);
//Parameters before
parameter width = 16;

//INPUT & OUTPUT DECLARATION


input rst;						// reset
input clk;						// clock


input [3:0] VendorErr_in;
input ADMAErr_in;
input AutoCMD12Err_in;
input CurrentLimitErr_in;
input DataEndBitErr_in;
input DataCRCErr_in;
input DataTimeoutErr_in;
input CommandIndexErr_in;
input CommandEndBitErr_in;
input CommandCRCErr_in;
input CommandTimeoutErr_in;

output [3:0] VendorErr_out;
output ADMAErr_out;
output AutoCMD12Err_out;
output CurrentLimitErr_out;
output DataEndBitErr_out;
output DataCRCErr_out;
output DataTimeoutErr_out;
output CommandIndexErr_out;
output CommandEndBitErr_out;
output CommandCRCErr_out;
output CommandTimeoutErr_out;


//REG SIZE
wire [(width-1):0] data_in;

//WIRES
	//Regular Blocks
	wire rst;		
	wire clk;

	//INPUTS
	wire [3:0] VendorErr_in;
	wire ADMAErr_in;
	wire AutoCMD12Err_in;
	wire CurrentLimitErr_in;
	wire DataEndBitErr_in;
	wire DataCRCErr_in;
	wire DataTimeoutErr_in;
	wire CommandIndexErr_in;
	wire CommandEndBitErr_in;
	wire CommandCRCErr_in;
	wire CommandTimeoutErr_in;

	//OUTPUTS
	wire [3:0] VendorErr_out;
	wire ADMAErr_out;
	wire AutoCMD12Err_out;
	wire CurrentLimitErr_out;
	wire DataEndBitErr_out;
	wire DataCRCErr_out;
	wire DataTimeoutErr_out;
	wire CommandIndexErr_out;
	wire CommandEndBitErr_out;
	wire CommandCRCErr_out;
	wire CommandTimeoutErr_out;
//REG
	//OUTPUTS
	reg [(width-1):0] data_out;


//REG INPUT OUTPUT ASSIGNS
	//RESERVED
	assign data_in [11:10] = 0 ;

	//INPUTS
	assign data_in [15:12] = VendorErr_in;
	assign data_in [9] = ADMAErr_in;
	assign data_in [8] = AutoCMD12Err_in;
	assign data_in [7] = CurrentLimitErr_in;
	assign data_in [6] = DataEndBitErr_in;
	assign data_in [5] = DataCRCErr_in;
	assign data_in [4] = DataTimeoutErr_in;
	assign data_in [3] = CommandIndexErr_in;
	assign data_in [2] = CommandEndBitErr_in;
	assign data_in [1] = CommandCRCErr_in;
	assign data_in [0] = CommandTimeoutErr_in;


	//OUTPUTS
	assign VendorErr_out = data_out [15:12];
	assign ADMAErr_out = data_out [9];
	assign AutoCMD12Err_out = data_out [8];
	assign CurrentLimitErr_out = data_out [7];
	assign DataEndBitErr_out = data_out [6];
	assign DataCRCErr_out = data_out [5];
	assign DataTimeoutErr_out = data_out [4];
	assign CommandIndexErr_out = data_out [3];
	assign CommandEndBitErr_out = data_out [2];
	assign CommandCRCErr_out = data_out [1];
	assign CommandTimeoutErr_out = data_out [0];

//Bloque secuencial
always @(posedge clk) begin
	if (rst) begin
		// reset
		data_out <= 32'b0;
	end
	else if (1) begin
		data_out <= data_in;
	end
	else begin
		data_out <= data_out;
	end
end


//Bloque combinacional


endmodule


module reg_034h(
	clk,
	rst,
	
	ack,
	enb_block0,
	enb_block1,
	enb_block2,



	CardInterruptStatus_in,
	CardRemovalStatus_in,
	CardInsertionStatus_in,
	BuffReadReadyStatus_in,
	BuffWriteReadyStatus_in,
	DMAInterruptStatus_in,
	BlockGapEventStatus_in,
	TransferCompleteStatus_in,
	CommandCompleteStatus_in,


	CardInterruptStatus_out,
	CardRemovalStatus_out,
	CardInsertionStatus_out,
	BuffReadReadyStatus_out,
	BuffWriteReadyStatus_out,
	DMAInterruptStatus_out,
	BlockGapEventStatus_out,
	TransferCompleteStatus_out,
	CommandCompleteStatus_out
	
	);
//Parameters before
parameter width = 16;

//INPUT & OUTPUT DECLARATION


input rst;						// reset
input clk;						// clock
input enb_block0;
input enb_block1;				// ENABLE BLOCKS
input enb_block2;
output 	ack;


input CardInterruptStatus_in;
input CardRemovalStatus_in;
input CardInsertionStatus_in;
input BuffReadReadyStatus_in;
input BuffWriteReadyStatus_in;
input DMAInterruptStatus_in;
input BlockGapEventStatus_in;
input TransferCompleteStatus_in;
input CommandCompleteStatus_in;


output CardInterruptStatus_out;
output CardRemovalStatus_out;
output CardInsertionStatus_out;
output BuffReadReadyStatus_out;
output BuffWriteReadyStatus_out;
output DMAInterruptStatus_out;
output BlockGapEventStatus_out;
output TransferCompleteStatus_out;
output CommandCompleteStatus_out;


//REG SIZE
wire [(width-1):0] data_in;

//WIRES
	//Regular Blocks
	wire rst;		
	wire clk;
	wire enb_block0;
	wire enb_block1;
	wire enb_block2;
	reg ack;
	//INPUTS
	
	wire CardInterruptStatus_in;
	wire CardRemovalStatus_in;
	wire CardInsertionStatus_in;
	wire BuffReadReadyStatus_in;
	wire BuffWriteReadyStatus_in;
	wire DMAInterruptStatus_in;
	wire BlockGapEventStatus_in;
	wire TransferCompleteStatus_in;
	wire CommandCompleteStatus_in;

	//OUTPUTS
	
	wire CardInterruptStatus_out;
	wire CardRemovalStatus_out;
	wire CardInsertionStatus_out;
	wire BuffReadReadyStatus_out;
	wire BuffWriteReadyStatus_out;
	wire DMAInterruptStatus_out;
	wire BlockGapEventStatus_out;
	wire TransferCompleteStatus_out;
	wire CommandCompleteStatus_out;

//REG
	//OUTPUTS
	reg [(width-1):0] data_out;


//REG INPUT OUTPUT ASSIGNS
	//RESERVED
	assign data_in [14:9] = 0 ;

	//INPUTS
	assign data_in [15] = 0;
	assign data_in [8] = CardInterruptStatus_in;
	assign data_in [7] = CardRemovalStatus_in;
	assign data_in [6] = CardInsertionStatus_in;
	assign data_in [5] = BuffReadReadyStatus_in;
	assign data_in [4] = BuffWriteReadyStatus_in;
	assign data_in [3] = DMAInterruptStatus_in;
	assign data_in [2] = BlockGapEventStatus_in;
	assign data_in [1] = TransferCompleteStatus_in;
	assign data_in [0] = CommandCompleteStatus_in;


	//OUTPUTS
	
	assign CardInterruptStatus_out = data_out [8];
	assign CardRemovalStatus_out = data_out [7];
	assign CardInsertionStatus_out = data_out [6];
	assign BuffReadReadyStatus_out = data_out [5];
	assign BuffWriteReadyStatus_out = data_out [4];
	assign DMAInterruptStatus_out = data_out [3];
	assign BlockGapEventStatus_out = data_out [2];
	assign TransferCompleteStatus_out = data_out [1];
	assign CommandCompleteStatus_out = data_out [0];

//Bloque secuencial
always @(posedge clk) begin
	if (rst) begin
		// reset
		data_out <= 32'b0;
	end
	else if (enb_block0 || enb_block1 || enb_block2) begin
		data_out <= data_in;
	end
	else begin
		data_out <= data_out;
	end
end


//Bloque combinacional
always @(*) begin
	if (data_in == data_out) begin
		ack = 1'b1;		
	end
	else begin
		ack = 1'b0;
	end
end

endmodule



//STATUS REGISTER
module reg_036h(
	clk,
	rst,
	
	ack,
	enb_block0,
	enb_block1,
	enb_block2,


	VendorErrStatus_in,
	ADMAErrStatus_in,
	AutoCMD12ErrStatus_in,
	CurrentLimitErrStatus_in,
	DataEndBitErrStatus_in,
	DataCRCErrStatus_in,
	DataTimeoutErrStatus_in,
	CommandIndexErrStatus_in,
	CommandEndBitErrStatus_in,
	CommandCRCErrStatus_in,
	CommandTimeoutErrStatus_in,

	VendorErrStatus_out,
	ADMAErrStatus_out,
	AutoCMD12ErrStatus_out,
	CurrentLimitErrStatus_out,
	DataEndBitErrStatus_out,
	DataCRCErrStatus_out,
	DataTimeoutErrStatus_out,
	CommandIndexErrStatus_out,
	CommandEndBitErrStatus_out,
	CommandCRCErrStatus_out,
	CommandTimeoutErrStatus_out
	
	);
//Parameters before
parameter width = 16;

//INPUT & OUTPUT DECLARATION


input rst;						// reset
input clk;						// clock
input enb_block0;
input enb_block1;				// ENABLE BLOCKS
input enb_block2;
output 	ack;

input [3:0] VendorErrStatus_in;
input ADMAErrStatus_in;
input AutoCMD12ErrStatus_in;
input CurrentLimitErrStatus_in;
input DataEndBitErrStatus_in;
input DataCRCErrStatus_in;
input DataTimeoutErrStatus_in;
input CommandIndexErrStatus_in;
input CommandEndBitErrStatus_in;
input CommandCRCErrStatus_in;
input CommandTimeoutErrStatus_in;

output [3:0] VendorErrStatus_out;
output ADMAErrStatus_out;
output AutoCMD12ErrStatus_out;
output CurrentLimitErrStatus_out;
output DataEndBitErrStatus_out;
output DataCRCErrStatus_out;
output DataTimeoutErrStatus_out;
output CommandIndexErrStatus_out;
output CommandEndBitErrStatus_out;
output CommandCRCErrStatus_out;
output CommandTimeoutErrStatus_out;


//REG SIZE
wire [(width-1):0] data_in;

//WIRES
	//Regular Blocks
	wire rst;		
	wire clk;
	wire enb_block0;
	wire enb_block1;
	wire enb_block2;
	reg ack;
	//INPUTS
	wire [3:0] VendorErrStatus_in;
	wire ADMAErrStatus_in;
	wire AutoCMD12ErrStatus_in;
	wire CurrentLimitErrStatus_in;
	wire DataEndBitErrStatus_in;
	wire DataCRCErrStatus_in;
	wire DataTimeoutErrStatus_in;
	wire CommandIndexErrStatus_in;
	wire CommandEndBitErrStatus_in;
	wire CommandCRCErrStatus_in;
	wire CommandTimeoutErrStatus_in;

	//OUTPUTS
	wire [3:0] VendorErrStatus_out;
	wire ADMAErrStatus_out;
	wire AutoCMD12ErrStatus_out;
	wire CurrentLimitErrStatus_out;
	wire DataEndBitErrStatus_out;
	wire DataCRCErrStatus_out;
	wire DataTimeoutErrStatus_out;
	wire CommandIndexErrStatus_out;
	wire CommandEndBitErrStatus_out;
	wire CommandCRCErrStatus_out;
	wire CommandTimeoutErrStatus_out;
//REG
	//OUTPUTS
	reg [(width-1):0] data_out;


//REG INPUT OUTPUT ASSIGNS
	//RESERVED
	assign data_in [11:10] = 0 ;

	//INPUTS
	assign data_in [15:12] = VendorErrStatus_in;
	assign data_in [9] = ADMAErrStatus_in;
	assign data_in [8] = AutoCMD12ErrStatus_in;
	assign data_in [7] = CurrentLimitErrStatus_in;
	assign data_in [6] = DataEndBitErrStatus_in;
	assign data_in [5] = DataCRCErrStatus_in;
	assign data_in [4] = DataTimeoutErrStatus_in;
	assign data_in [3] = CommandIndexErrStatus_in;
	assign data_in [2] = CommandEndBitErrStatus_in;
	assign data_in [1] = CommandCRCErrStatus_in;
	assign data_in [0] = CommandTimeoutErrStatus_in;


	//OUTPUTS
	assign VendorErrStatus_out = data_out [15:12];
	assign ADMAErrStatus_out = data_out [9];
	assign AutoCMD12ErrStatus_out = data_out [8];
	assign CurrentLimitErrStatus_out = data_out [7];
	assign DataEndBitErrStatus_out = data_out [6];
	assign DataCRCErrStatus_out = data_out [5];
	assign DataTimeoutErrStatus_out = data_out [4];
	assign CommandIndexErrStatus_out = data_out [3];
	assign CommandEndBitErrStatus_out = data_out [2];
	assign CommandCRCErrStatus_out = data_out [1];
	assign CommandTimeoutErrStatus_out = data_out [0];

//Bloque secuencial
always @(posedge clk) begin
	if (rst) begin
		// reset
		data_out <= 32'b0;
	end
	else if (enb_block0 || enb_block1 || enb_block2) begin
		data_out <= data_in;
	end
	else begin
		data_out <= data_out;
	end
end


//Bloque combinacional
always @(*) begin
	if (data_in == data_out) begin
		ack = 1'b1;		
	end
	else begin
		ack = 1'b0;
	end
end

endmodule


module reg_038h(
	clk,
	rst,
	
	ack,
	enb_block0,
	enb_block1,
	enb_block2,



	CardInterruptSignal_in,
	CardRemovalSignal_in,
	CardInsertionSignal_in,
	BuffReadReadySignal_in,
	BuffWriteReadySignal_in,
	DMAInterruptSignal_in,
	BlockGapEventSignal_in,
	TransferCompleteSignal_in,
	CommandCompleteSignal_in,


	CardInterruptSignal_out,
	CardRemovalSignal_out,
	CardInsertionSignal_out,
	BuffReadReadySignal_out,
	BuffWriteReadySignal_out,
	DMAInterruptSignal_out,
	BlockGapEventSignal_out,
	TransferCompleteSignal_out,
	CommandCompleteSignal_out
	);
//Parameters before
parameter width = 16;

//INPUT & OUTPUT DECLARATION


input rst;						// reset
input clk;						// clock
input enb_block0;
input enb_block1;				// ENABLE BLOCKS
input enb_block2;
output 	ack;


input CardInterruptSignal_in;
input CardRemovalSignal_in;
input CardInsertionSignal_in;
input BuffReadReadySignal_in;
input BuffWriteReadySignal_in;
input DMAInterruptSignal_in;
input BlockGapEventSignal_in;
input TransferCompleteSignal_in;
input CommandCompleteSignal_in;


output CardInterruptSignal_out;
output CardRemovalSignal_out;
output CardInsertionSignal_out;
output BuffReadReadySignal_out;
output BuffWriteReadySignal_out;
output DMAInterruptSignal_out;
output BlockGapEventSignal_out;
output TransferCompleteSignal_out;
output CommandCompleteSignal_out;


//REG SIZE
wire [(width-1):0] data_in;

//WIRES
	//Regular Blocks
	wire rst;		
	wire clk;
	wire enb_block0;
	wire enb_block1;
	wire enb_block2;
	reg ack;
	//INPUTS
	
	wire CardInterruptSignal_in;
	wire CardRemovalSignal_in;
	wire CardInsertionSignal_in;
	wire BuffReadReadySignal_in;
	wire BuffWriteReadySignal_in;
	wire DMAInterruptSignal_in;
	wire BlockGapEventSignal_in;
	wire TransferCompleteSignal_in;
	wire CommandCompleteSignal_in;

	//OUTPUTS
	
	wire CardInterruptSignal_out;
	wire CardRemovalSignal_out;
	wire CardInsertionSignal_out;
	wire BuffReadReadySignal_out;
	wire BuffWriteReadySignal_out;
	wire DMAInterruptSignal_out;
	wire BlockGapEventSignal_out;
	wire TransferCompleteSignal_out;
	wire CommandCompleteSignal_out;

//REG
	//OUTPUTS
	reg [(width-1):0] data_out;


//REG INPUT OUTPUT ASSIGNS
	//RESERVED
	assign data_in [15:9] = 0 ;

	//INPUTS
	assign data_in [15] = 0;
	assign data_in [8] = CardInterruptSignal_in;
	assign data_in [7] = CardRemovalSignal_in;
	assign data_in [6] = CardInsertionSignal_in;
	assign data_in [5] = BuffReadReadySignal_in;
	assign data_in [4] = BuffWriteReadySignal_in;
	assign data_in [3] = DMAInterruptSignal_in;
	assign data_in [2] = BlockGapEventSignal_in;
	assign data_in [1] = TransferCompleteSignal_in;
	assign data_in [0] = CommandCompleteSignal_in;


	//OUTPUTS
	
	assign CardInterruptSignal_out = data_out [8];
	assign CardRemovalSignal_out = data_out [7];
	assign CardInsertionSignal_out = data_out [6];
	assign BuffReadReadySignal_out = data_out [5];
	assign BuffWriteReadySignal_out = data_out [4];
	assign DMAInterruptSignal_out = data_out [3];
	assign BlockGapEventSignal_out = data_out [2];
	assign TransferCompleteSignal_out = data_out [1];
	assign CommandCompleteSignal_out = data_out [0];

//Bloque secuencial
always @(posedge clk) begin
	if (rst) begin
		// reset
		data_out <= 32'b0;
	end
	else if (enb_block0 || enb_block1 || enb_block2) begin
		data_out <= data_in;
	end
	else begin
		data_out <= data_out;
	end
end


//Bloque combinacional
always @(*) begin
	if (data_in == data_out) begin
		ack = 1'b1;		
	end
	else begin
		ack = 1'b0;
	end
end

endmodule



//STATUS REGISTER
module reg_03Ah(
	clk,
	rst,
	
	ack,
	enb_block0,
	enb_block1,
	enb_block2,


	VendorErrSignal_in,
	ADMAErrSignal_in,
	AutoCMD12ErrSignal_in,
	CurrentLimitErrSignal_in,
	DataEndBitErrSignal_in,
	DataCRCErrSignal_in,
	DataTimeoutErrSignal_in,
	CommandIndexErrSignal_in,
	CommandEndBitErrSignal_in,
	CommandCRCErrSignal_in,
	CommandTimeoutErrSignal_in,

	VendorErrSignal_out,
	ADMAErrSignal_out,
	AutoCMD12ErrSignal_out,
	CurrentLimitErrSignal_out,
	DataEndBitErrSignal_out,
	DataCRCErrSignal_out,
	DataTimeoutErrSignal_out,
	CommandIndexErrSignal_out,
	CommandEndBitErrSignal_out,
	CommandCRCErrSignal_out,
	CommandTimeoutErrSignal_out
	
	);
//Parameters before
parameter width = 16;

//INPUT & OUTPUT DECLARATION


input rst;						// reset
input clk;						// clock
input enb_block0;
input enb_block1;				// ENABLE BLOCKS
input enb_block2;
output 	ack;

input [3:0] VendorErrSignal_in;
input ADMAErrSignal_in;
input AutoCMD12ErrSignal_in;
input CurrentLimitErrSignal_in;
input DataEndBitErrSignal_in;
input DataCRCErrSignal_in;
input DataTimeoutErrSignal_in;
input CommandIndexErrSignal_in;
input CommandEndBitErrSignal_in;
input CommandCRCErrSignal_in;
input CommandTimeoutErrSignal_in;

output [3:0] VendorErrSignal_out;
output ADMAErrSignal_out;
output AutoCMD12ErrSignal_out;
output CurrentLimitErrSignal_out;
output DataEndBitErrSignal_out;
output DataCRCErrSignal_out;
output DataTimeoutErrSignal_out;
output CommandIndexErrSignal_out;
output CommandEndBitErrSignal_out;
output CommandCRCErrSignal_out;
output CommandTimeoutErrSignal_out;


//REG SIZE
wire [(width-1):0] data_in;

//WIRES
	//Regular Blocks
	wire rst;		
	wire clk;
	wire enb_block0;
	wire enb_block1;
	wire enb_block2;
	reg ack;
	//INPUTS
	wire [3:0] VendorErrSignal_in;
	wire ADMAErrSignal_in;
	wire AutoCMD12ErrSignal_in;
	wire CurrentLimitErrSignal_in;
	wire DataEndBitErrSignal_in;
	wire DataCRCErrSignal_in;
	wire DataTimeoutErrSignal_in;
	wire CommandIndexErrSignal_in;
	wire CommandEndBitErrSignal_in;
	wire CommandCRCErrSignal_in;
	wire CommandTimeoutErrSignal_in;

	//OUTPUTS
	wire [3:0] VendorErrSignal_out;
	wire ADMAErrSignal_out;
	wire AutoCMD12ErrSignal_out;
	wire CurrentLimitErrSignal_out;
	wire DataEndBitErrSignal_out;
	wire DataCRCErrSignal_out;
	wire DataTimeoutErrSignal_out;
	wire CommandIndexErrSignal_out;
	wire CommandEndBitErrSignal_out;
	wire CommandCRCErrSignal_out;
	wire CommandTimeoutErrSignal_out;
//REG
	//OUTPUTS
	reg [(width-1):0] data_out;


//REG INPUT OUTPUT ASSIGNS
	//RESERVED
	assign data_in [11:10] = 0 ;

	//INPUTS
	assign data_in [15:12] = VendorErrSignal_in;
	assign data_in [9] = ADMAErrSignal_in;
	assign data_in [8] = AutoCMD12ErrSignal_in;
	assign data_in [7] = CurrentLimitErrSignal_in;
	assign data_in [6] = DataEndBitErrSignal_in;
	assign data_in [5] = DataCRCErrSignal_in;
	assign data_in [4] = DataTimeoutErrSignal_in;
	assign data_in [3] = CommandIndexErrSignal_in;
	assign data_in [2] = CommandEndBitErrSignal_in;
	assign data_in [1] = CommandCRCErrSignal_in;
	assign data_in [0] = CommandTimeoutErrSignal_in;


	//OUTPUTS
	assign VendorErrSignal_out = data_out [15:12];
	assign ADMAErrSignal_out = data_out [9];
	assign AutoCMD12ErrSignal_out = data_out [8];
	assign CurrentLimitErrSignal_out = data_out [7];
	assign DataEndBitErrSignal_out = data_out [6];
	assign DataCRCErrSignal_out = data_out [5];
	assign DataTimeoutErrSignal_out = data_out [4];
	assign CommandIndexErrSignal_out = data_out [3];
	assign CommandEndBitErrSignal_out = data_out [2];
	assign CommandCRCErrSignal_out = data_out [1];
	assign CommandTimeoutErrSignal_out = data_out [0];

//Bloque secuencial
always @(posedge clk) begin
	if (rst) begin
		// reset
		data_out <= 32'b0;
	end
	else if (enb_block0 || enb_block1 || enb_block2) begin
		data_out <= data_in;
	end
	else begin
		data_out <= data_out;
	end
end


//Bloque combinacional
always @(*) begin
	if (data_in == data_out) begin
		ack = 1'b1;		
	end
	else begin
		ack = 1'b0;
	end
end

endmodule





module reg_058h(
	clk,
	rst,
	
	ack,
	enb_block0,



	AdmaSystemAddress_in,

	AdmaSystemAddress_out

	
	);
//Parameters before
parameter width = 64;

//INPUT & OUTPUT DECLARATION


input rst;						// reset
input clk;						// clock
input enb_block0;

output 	ack;

input AdmaSystemAddress_in;

output AdmaSystemAddress_out;


//REG SIZE
wire [(width-1):0] data_in;

//WIRES
	//Regular Blocks
	wire rst;		
	wire clk;
	wire enb_block0;

	reg ack;
	//INPUTS
	wire AdmaSystemAddress_in;

	//OUTPUTS
	wire AdmaSystemAddress_out;
//REG
	//OUTPUTS
	reg [(width-1):0] data_out;


//REG INPUT OUTPUT ASSIGNS
	//RESERVED


	//INPUTS
	assign data_in = AdmaSystemAddress_in;

	//OUTPUTS
	assign AdmaSystemAddress_out = data_out;


//Bloque secuencial
always @(posedge clk) begin
	if (rst) begin
		// reset
		data_out <= 64'b0;
	end
	else if (enb_block0) begin
		data_out <= data_in;
	end
	else begin
		data_out <= data_out;
	end
end


//Bloque combinacional
always @(*) begin
	if (data_in == data_out) begin
		ack = 1'b1;		
	end
	else begin
		ack = 1'b0;
	end
end

endmodule